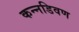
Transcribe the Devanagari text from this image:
कन्नडिवण